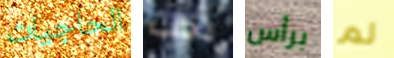
الحاجيات يجب برأس لم